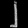
Digit: ၂